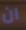
ان